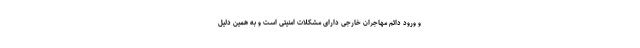
و ورود دائم مهاجران خارجی دارای مشکلات امنیتی است و به همین دلیل